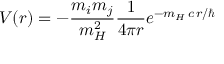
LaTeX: V ( r ) = - { \frac { m _ { i } m _ { j } } { m _ { H } ^ { 2 } } } { \frac { 1 } { 4 \pi r } } e ^ { - m _ { H } \, c \, r / \hbar }